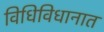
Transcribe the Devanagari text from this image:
विधिविधानात